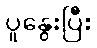
ပူနွေးပြီး